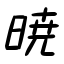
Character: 暁